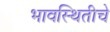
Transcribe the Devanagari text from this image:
भावस्थितीचे